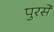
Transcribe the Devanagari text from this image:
पुरसे